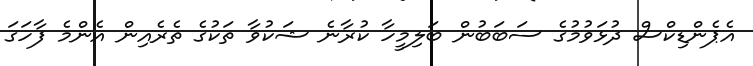
އެޕެންޑިކްސް ދުޅަވުމުގެ ސަބަބުން ބަލިމީހާ ކުރާނެ ޝަކުވާ ތަކުގެ ތެރެއިން އެންމެ ފާހަގަ